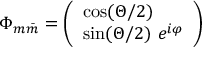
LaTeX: \Phi _ { m \bar { m } } = \left( \begin{array} { l } { { \cos ( \Theta / 2 ) } } \\ { { \sin ( \Theta / 2 ) ~ e ^ { i \varphi } } } \end{array} \right)